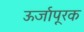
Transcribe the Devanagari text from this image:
ऊर्जापूरक